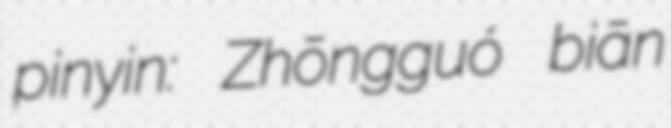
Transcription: pinyin: Zhōngguó biān